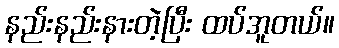
နည်းနည်းနားတဲ့ပြီး ထပ်အူတယ်။